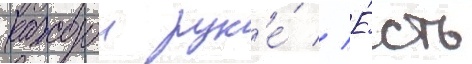
каждои рук'е́ // Е́сть